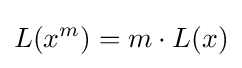
L(x^{m})=m\cdot L(x)